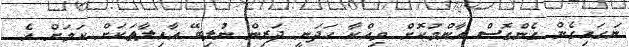
ނަގައިގެން ގެންގޮސް އާންމުކޮށް ވިއްކާ ހަދަނީ ދަރިން ނުލިބޭ އާއިލާތަކަށް ކަމަށް އެ